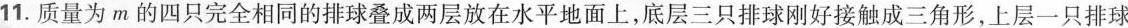
11.质量为m的四只完全相同的排球叠成两层放在水平地面上，底层三只排球刚好接触成三角形，上层一只排球